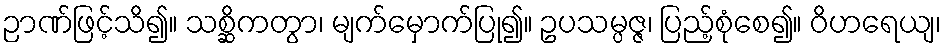
ဉာဏ်ဖြင့်သိ၍။ သစ္ဆိကတွာ၊ မျက်မှောက်ပြု၍။ ဥပသမ္ပဇ္ဇ၊ ပြည့်စုံစေ၍။ ဝိဟရေယျ၊